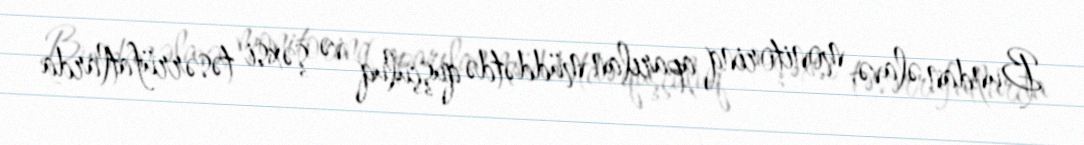
Bundan əlavə, monitorinq aparılan müddətdə quşçuluq və şəxsi təsərrüfatlarda